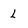
Character: l